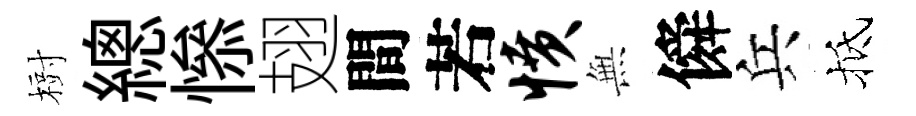
𣗳總𢡖翅間若愤𭴾僢兵抵